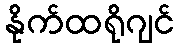
နိုက်ထရိုဂျင်